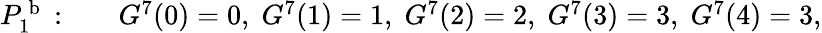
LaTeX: \begin{array}{rl}{P_{1}^{\mathrm{~b~}}:\quad}&{{}G^{7}(0)=0,\; G^{7}(1)=1,\; G^{7}(2)=2,\; G^{7}(3)=3,\; G^{7}(4)=3,}\end{array}